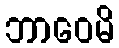
ဘာဝေမိ